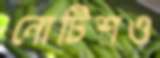
নোটিশও